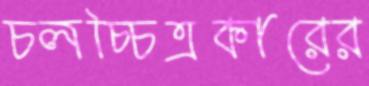
চলচ্চিত্রকারের